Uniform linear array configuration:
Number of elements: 16
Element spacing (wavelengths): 0.25
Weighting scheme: uniform
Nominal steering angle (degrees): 60
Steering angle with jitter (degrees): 58.067
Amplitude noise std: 0.05
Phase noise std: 0.05

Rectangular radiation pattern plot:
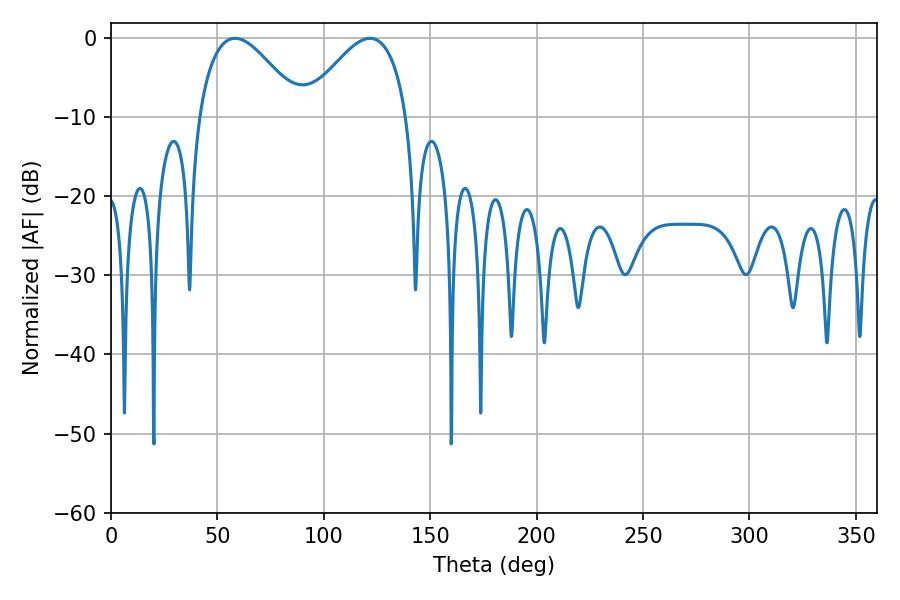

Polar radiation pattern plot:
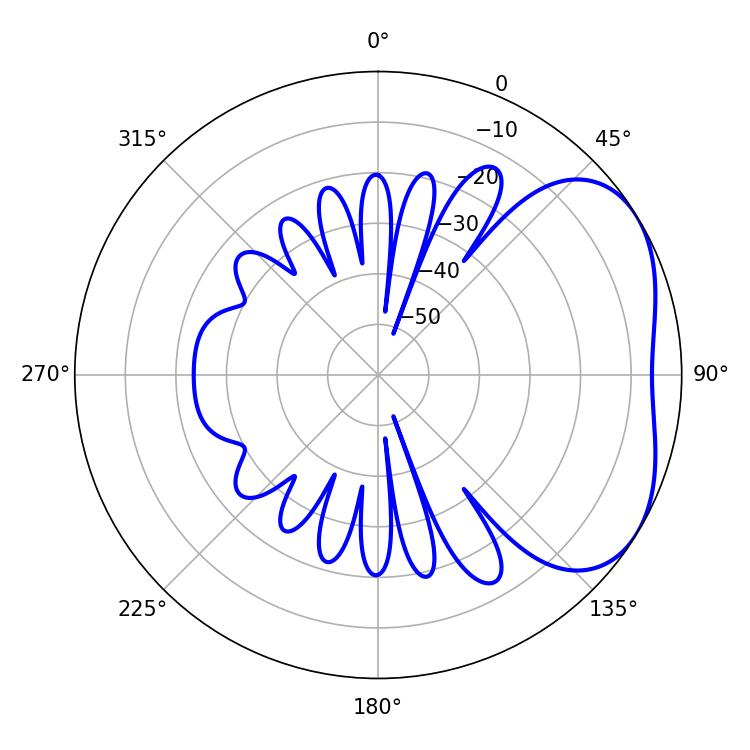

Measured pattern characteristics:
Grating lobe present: FALSE
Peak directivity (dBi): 3.626
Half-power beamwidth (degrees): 26.1
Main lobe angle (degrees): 121.68